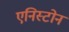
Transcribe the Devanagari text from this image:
एनिस्टोन